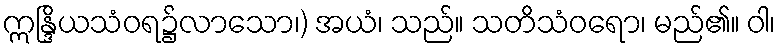
ဣန္ဒြိယသံဝရ၌လာသော၊) အယံ၊ သည်။ သတိသံဝရော၊ မည်၏။ ဝါ၊